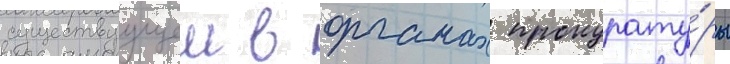
существуущеи в органах прокурату́ры